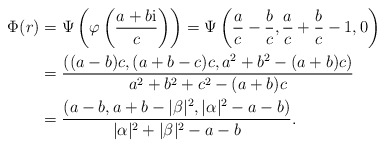
\begin{align*} \Phi(r) &= \Psi\left( \varphi \left( \frac{a + b\mathrm{i}}c\right)\right)= \Psi\left(\frac ac - \frac bc, \frac ac + \frac bc -1, 0\right) \\&=\frac{((a - b)c, (a + b - c)c, a^2 + b^2 - (a+b)c)}{a^2 + b^2 + c^2 - (a + b)c} \\&=\frac{(a - b, a + b - |\beta|^2, |\alpha|^2 - a-b)}{|\alpha|^2 + |\beta|^2 - a - b}. \end{align*}